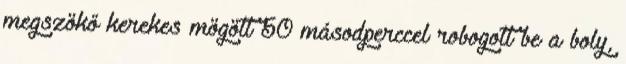
megszökő kerekes mögött 50 másodperccel robogott be a boly,